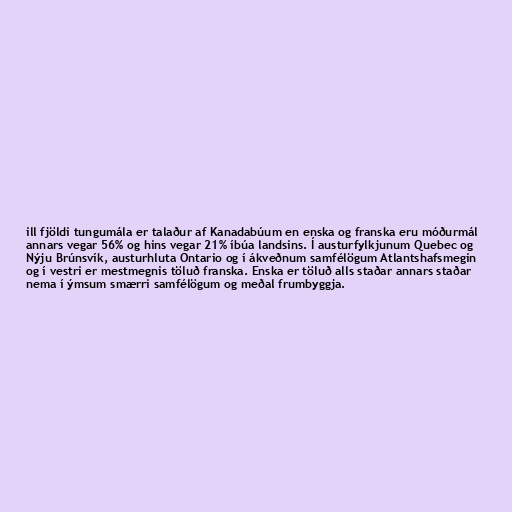
ill fjöldi tungumála er talaður af Kanadabúum en enska og franska eru móðurmál
annars vegar 56% og hins vegar 21% íbúa landsins. Í austurfylkjunum Quebec og
Nýju Brúnsvík, austurhluta Ontario og í ákveðnum samfélögum Atlantshafsmegin
og í vestri er mestmegnis töluð franska. Enska er töluð alls staðar annars staðar
nema í ýmsum smærri samfélögum og meðal frumbyggja.